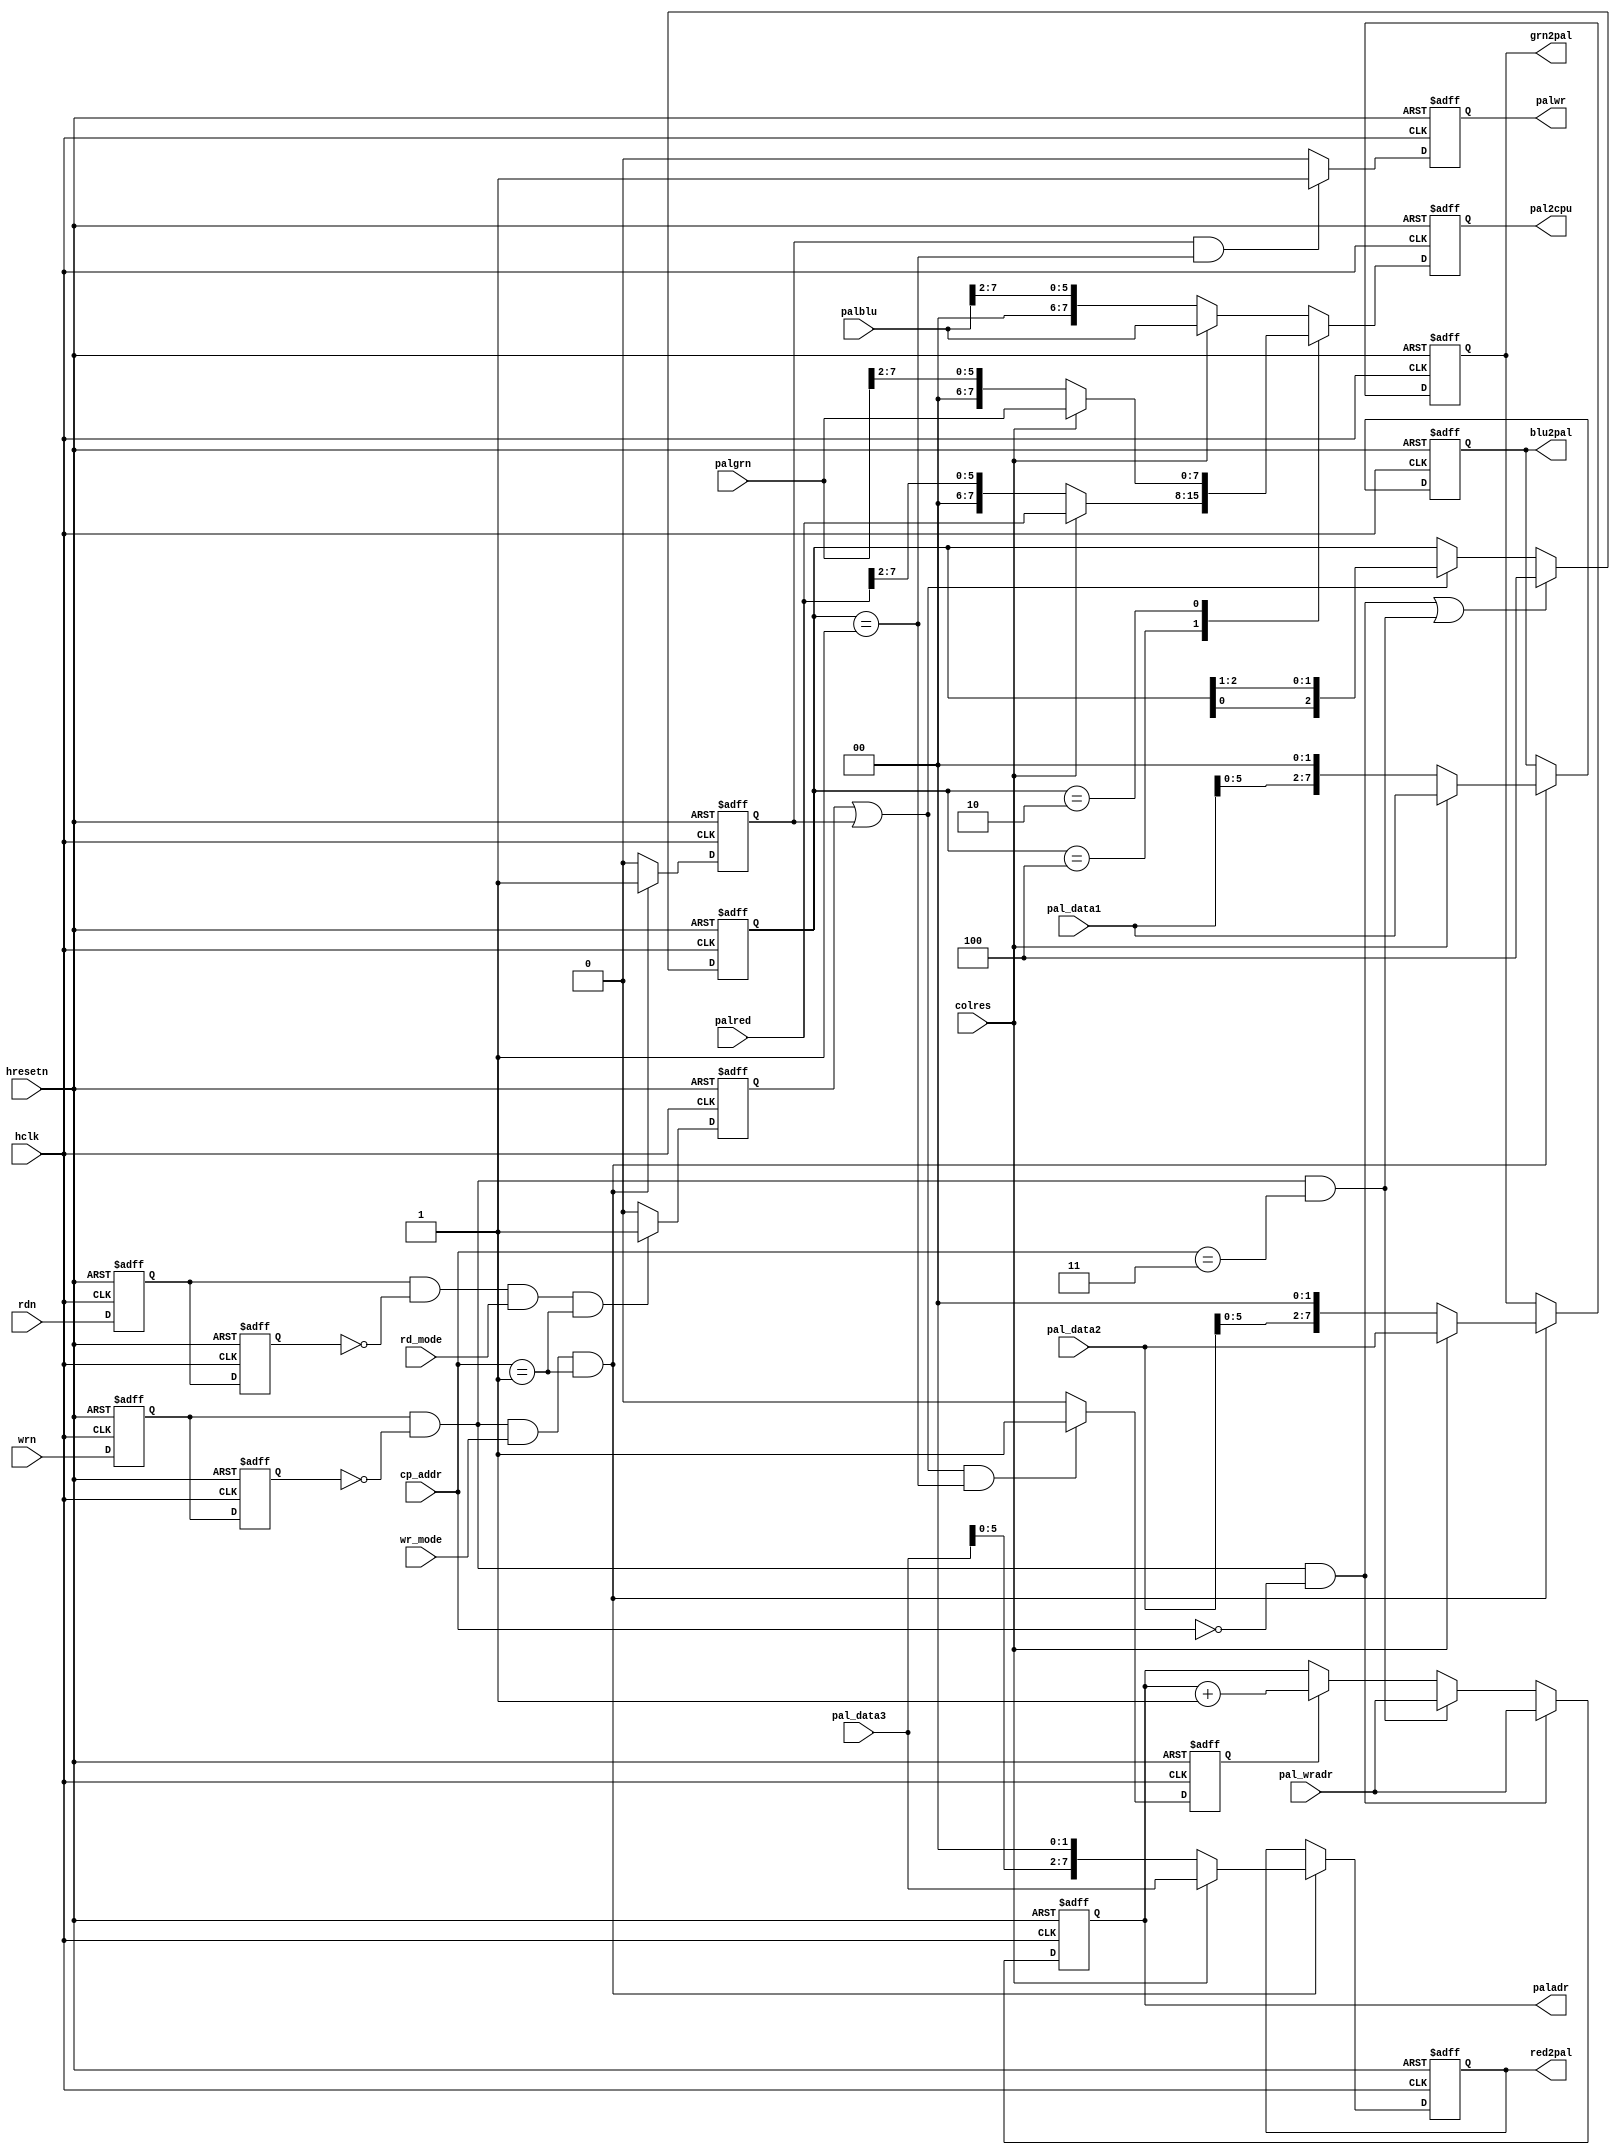
module pal_ctl
	(
	hclk, 
	hresetn, 
	wrn, 
	rdn, 
	wr_mode, 
	rd_mode, 
	colres,
	pal_data1, 
	pal_data2, 
	pal_data3,  // cpu data pre filtered
	red2pal, 
	grn2pal, 
	blu2pal,     // final data to pal
	palred, 
	palgrn, 
	palblu ,       // raw data from pal
	cp_addr, 
	paladr, 
	palwr, 
	pal2cpu, 
	pal_wradr
	);

input		hclk, 
		hresetn, 
		wrn, 
		rdn, 
		wr_mode, 
		rd_mode, 
		colres;

input	[7:0]	pal_data1, 	// Data from host to pal.
		pal_data2, 
		pal_data3, 
		pal_wradr;

input	[7:0]	palred, 	// Data read from pal RAM.
		palgrn, 
		palblu;

input	[2:0]	cp_addr; 	// Read/ Write Address from host.

output	[7:0]	paladr;		// 
output		palwr ;
output	[7:0]	red2pal,	// to be written to pal.
		grn2pal, 
		blu2pal ;
output	[7:0]	pal2cpu;

parameter       PAL_WADR        = 3'h0,  // Palette Write Address register.
                PAL_RADR        = 3'h3;  // Palette Read Address register.



reg	[7:0]	pal2cpu;
reg	[7:0]	red2pal, grn2pal, blu2pal ;
reg		palwr ;
reg	[7:0]	paladr ;

reg     wr1, wr2;
reg     rd1, rd2;
reg     wr_enable, rd_enable, inc_adr;

//---------- sync the processor interface to the palette clock
always @(posedge hclk or negedge hresetn)
	begin
		if (!hresetn)
			begin
             			wr2 <= 1'b0;
             			wr1 <= 1'b0;
				rd2 <= 1'b0;
				rd1 <= 1'b0;
			end
		else 	begin
				wr2 <= wr1;
				wr1 <= wrn;
				rd2 <= rd1;
				rd1 <= rdn;
			end
	end

wire wr_pulse = wr1 & !wr2;
wire rd_pulse = rd1 & !rd2;

wire init_rd  = wr_pulse & (cp_addr == PAL_RADR);
wire init_wr  = wr_pulse & (cp_addr == PAL_WADR);
wire init_ptr =  init_wr | init_rd;

wire pal_access = wr_enable | rd_enable;

reg	[2:0]	byte_ptr;

//--------wr pointer  update-------------//
always @(posedge hclk or  negedge hresetn)
	begin
		if (!hresetn)		byte_ptr      <= 3'b100;
		else if (init_ptr) 	byte_ptr[2:0] <= 3'b100 ;
		else if (pal_access) 	byte_ptr[2:0] <= {byte_ptr[0],byte_ptr[2:1]};
	end
//---------------------------------------------------//
always @(posedge hclk or  negedge hresetn)
	begin
	if (!hresetn)
		begin
			wr_enable <= 1'b0;
			red2pal <= 8'h00;
			blu2pal <= 8'h00;
			grn2pal <= 8'h00;
		end
	else if (wr_pulse & wr_mode  & (cp_addr == 3'h1))
		begin
			red2pal <= colres ? pal_data3[7:0] : {pal_data3[5:0] , 2'b00};
                       	grn2pal <= colres ? pal_data2[7:0] : {pal_data2[5:0] , 2'b00};
                       	blu2pal <= colres ? pal_data1[7:0] : {pal_data1[5:0] , 2'b00};
                       	wr_enable <= 1'b1;
		end
	else wr_enable <= 1'b0;
	end

always @(posedge hclk or  negedge hresetn)
	begin
	if (!hresetn)
		begin
			rd_enable <= 1'b0;
			pal2cpu <= 8'h00;
		end
	else 	begin
			case (byte_ptr)
			3'b100  : pal2cpu <= colres ? palred[7:0] : {2'b00 , palred[7:2]};
			3'b010  : pal2cpu <= colres ? palgrn[7:0] : {2'b00 , palgrn[7:2]};
			default : pal2cpu <= colres ? palblu[7:0] : {2'b00 , palblu[7:2]};
			endcase

	                if (rd_pulse & rd_mode  & (cp_addr == 3'h1))
                     		rd_enable <= 1'b1;
                	else 	rd_enable <= 1'b0;

              end
	end
//-------------------------------------------------------------
//--------generate pal rd / wr_pulse---& auto inc controls-----------
always @(posedge hclk or  negedge hresetn)
	begin
		if (!hresetn)
                	begin
				palwr  <= 1'b0;
                      		inc_adr <= 1'b0; 
			end
		else begin
                 if ((wr_enable) & (byte_ptr == 3'b001)) palwr <= 1'b1;
                 else palwr <= 1'b0;

                 if ((rd_enable | wr_enable) & (byte_ptr == 3'b001))inc_adr<= 1'b1;
                 else inc_adr<= 1'b0;

           end end

//--------auto increment the palette address------------
always @(posedge hclk or  negedge hresetn)
	begin
		if (!hresetn) paladr <= 8'b0;
		else if (init_wr) paladr <= pal_wradr;
		else if (init_rd) paladr <= pal_wradr;
		else if (inc_adr) paladr <= paladr + 8'b1;
	end
//---------------------------------------------------//

 endmodule